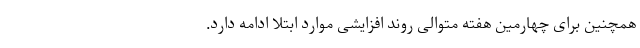
همچنین برای چهارمین هفته متوالی روند افزایشی موارد ابتلا ادامه دارد.